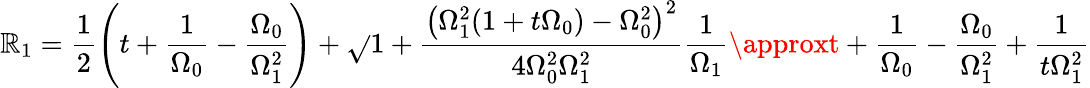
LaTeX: \mathbb{R}_{1}=\frac{{1}}{{2}}\left(t+\frac{{1}}{{\Omega_{0}}}-\frac{{\Omega_{0}}}{{\Omega_{1}^{2}}}\right)+\sqrt{}{{1+\frac{{\left(\Omega_{1}^{2}(1+t\Omega_{0})-\Omega_{0}^{2}\right)^{2}}}{{4\Omega_{0}^{2}\Omega_{1}^{2}}}}}\frac{{1}}{{\Omega_{1}}}\approxt+\frac{{1}}{{\Omega_{0}}}-\frac{{\Omega_{0}}}{{\Omega_{1}^{2}}}+\frac{{1}}{{t\Omega_{1}^{2}}}